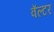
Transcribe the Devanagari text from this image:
वॅल्टर